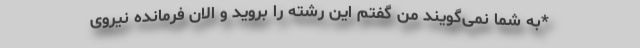
*به شما نمی‌گویند من گفتم این رشته را بروید و الان فرمانده نیروی